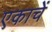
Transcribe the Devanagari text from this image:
एकाचें